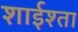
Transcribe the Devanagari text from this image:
शाईश्ता